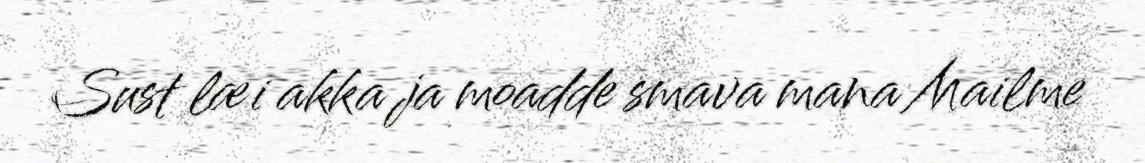
Sust læi akka ja moadde smava mana Mailme